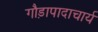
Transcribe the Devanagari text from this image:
गौड़ापादाचार्य